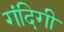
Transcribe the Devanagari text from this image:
गंदिगी